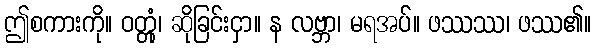
ဤစကားကို။ ဝတ္တုံ၊ ဆိုခြင်းငှာ။ န လဗ္ဘာ၊ မရအပ်။ ဖဿဿ၊ ဖဿ၏။